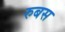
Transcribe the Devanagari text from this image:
रुबस